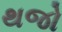
થજો